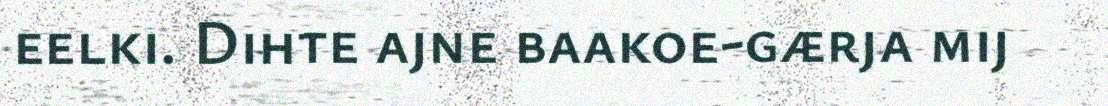
eelki. Dihte ajne baakoe-gærja mij